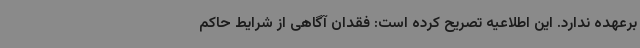
برعهده ندارد. این اطلاعیه تصریح کرده است: فقدان آگاهی از شرایط حاکم